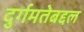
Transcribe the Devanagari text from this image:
दुर्गमतेबद्दल